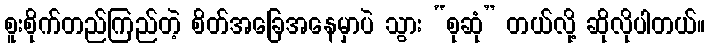
စူးစိုက်တည်ကြည်တဲ့ စိတ်အခြေအနေမှာပဲ သွား “စုဆုံ” တယ်လို့ ဆိုလိုပါတယ်။